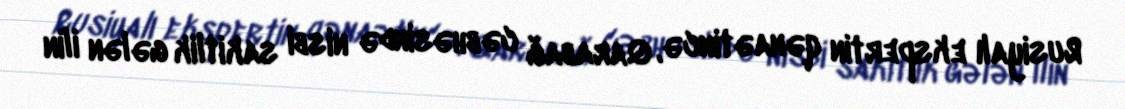
Rusiyalı ekspertin qənaətincə, Qarabağ cəbhəsində nisbi sakitlik gələn ilin